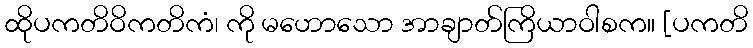
ထိုပကတိဝိကတိကံ၊ ကို မဟောသော အာချာတ်ကြိယာဝါစက။ [ပကတိ